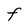
Character: F